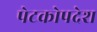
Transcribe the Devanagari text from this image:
पेटकोपदेश